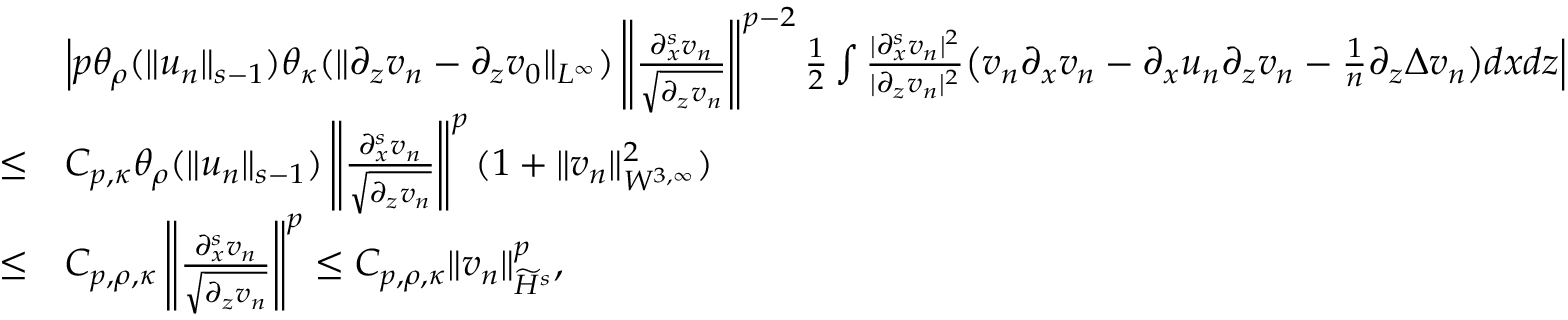
\begin{array} { r l } & { \Big | p \theta _ { \rho } ( \| u _ { n } \| _ { s - 1 } ) \theta _ { \kappa } ( \| \partial _ { z } v _ { n } - \partial _ { z } v _ { 0 } \| _ { L ^ { \infty } } ) \left\| \frac { \partial _ { x } ^ { s } v _ { n } } { \sqrt { \partial _ { z } v _ { n } } } \right\| ^ { p - 2 } \frac 1 2 \int \frac { | \partial _ { x } ^ { s } v _ { n } | ^ { 2 } } { | \partial _ { z } v _ { n } | ^ { 2 } } \big ( v _ { n } \partial _ { x } v _ { n } - \partial _ { x } u _ { n } \partial _ { z } v _ { n } - \frac 1 n \partial _ { z } \Delta v _ { n } \big ) d x d z \Big | } \\ { \leq } & { C _ { p , \kappa } \theta _ { \rho } ( \| u _ { n } \| _ { s - 1 } ) \left\| \frac { \partial _ { x } ^ { s } v _ { n } } { \sqrt { \partial _ { z } v _ { n } } } \right\| ^ { p } ( 1 + \| v _ { n } \| _ { W ^ { 3 , \infty } } ^ { 2 } ) } \\ { \leq } & { C _ { p , \rho , \kappa } \left\| \frac { \partial _ { x } ^ { s } v _ { n } } { \sqrt { \partial _ { z } v _ { n } } } \right\| ^ { p } \leq C _ { p , \rho , \kappa } \| v _ { n } \| _ { \widetilde H ^ { s } } ^ { p } , } \end{array}